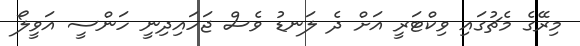
މިރޭގެ މެޗުގައި ވިކްޓަރީ އަށް ދެ ލަނޑު ވެސް ޖަހައިދިނީ ހަންސީ އަވީލޯ